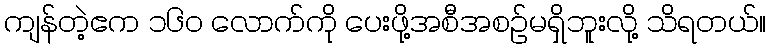
ကျန်တဲ့ဧက ၁၆၀ လောက်ကို ပေးဖို့အစီအစဉ်မရှိဘူးလို့ သိရတယ်။